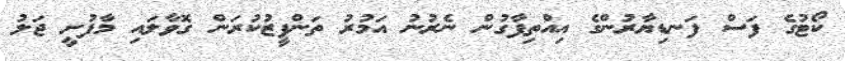
ކޯޓުގެ ފަސް ފަނޑިޔާރުންގެ އިއްތިފާގުން ނެރުނު އަމުރު ތަންފީޒުކުރަން ގޮވާލައި މާފުށީ ޖަލު